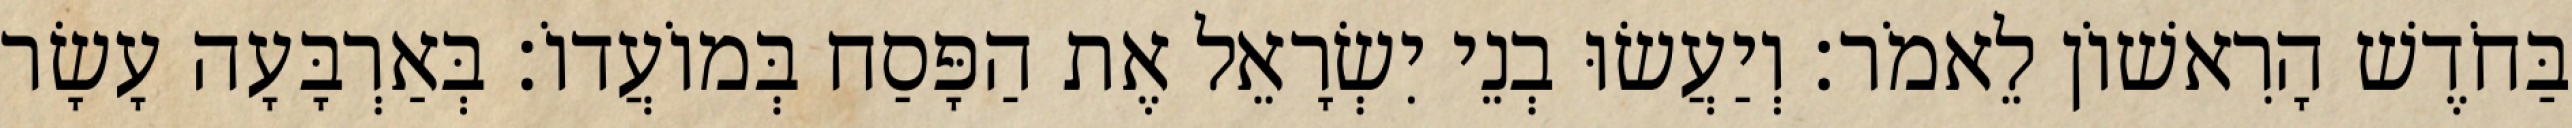
בַּחֹדֶשׁ הָרִאשׁוֹן לֵאמֹר׃ וְיַעֲשׂוּ בְנֵי יִשְׂרָאֵל אֶת הַפָּסַח בְּמוֹעֲדוֹ׃ בְּאַרְבָּעָה עָשָׂר